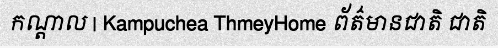
កណ្តាល | Kampuchea ThmeyHome ព័ត៌មានជាតិ ជាតិ